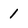
Character: 1